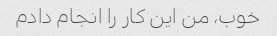
خوب، من این کار را انجام دادم